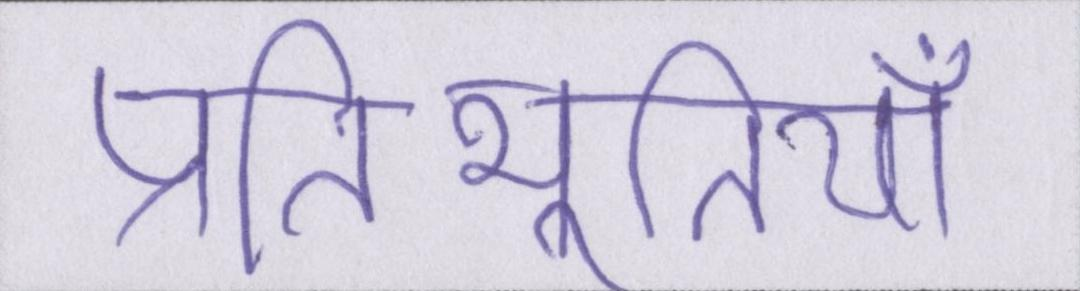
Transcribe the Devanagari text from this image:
प्रतिभूतियाँ